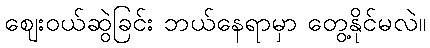
ဈေးဝယ်ဆွဲခြင်း ဘယ်နေရာမှာ တွေ့နိုင်မလဲ။